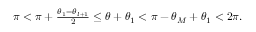
\begin{array} { r } { \pi < \pi + \frac { \theta _ { 1 } - \theta _ { l + 1 } } { 2 } \le \theta + \theta _ { 1 } < \pi - \theta _ { M } + \theta _ { 1 } < 2 \pi . } \end{array}